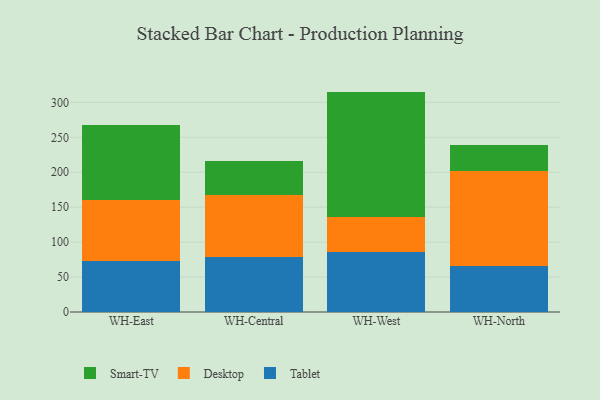
{"axis": {"x": "Warehouse", "y": "Energy Usage (MWh)"}, "legend": ["Desktop", "Smart-TV", "Tablet"], "data": [{"x": "WH-East", "y": 73.1, "type": "Tablet"}, {"x": "WH-East", "y": 87.6, "type": "Desktop"}, {"x": "WH-East", "y": 107.2, "type": "Smart-TV"}, {"x": "WH-Central", "y": 78.1, "type": "Tablet"}, {"x": "WH-Central", "y": 88.8, "type": "Desktop"}, {"x": "WH-Central", "y": 48.8, "type": "Smart-TV"}, {"x": "WH-West", "y": 85.7, "type": "Tablet"}, {"x": "WH-West", "y": 50.9, "type": "Desktop"}, {"x": "WH-West", "y": 178.8, "type": "Smart-TV"}, {"x": "WH-North", "y": 66.5, "type": "Tablet"}, {"x": "WH-North", "y": 135.3, "type": "Desktop"}, {"x": "WH-North", "y": 37.6, "type": "Smart-TV"}]}